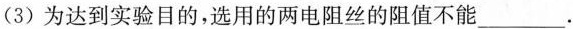
(3) 为达到实验目的，选用的两电阻丝的阻值不能___.